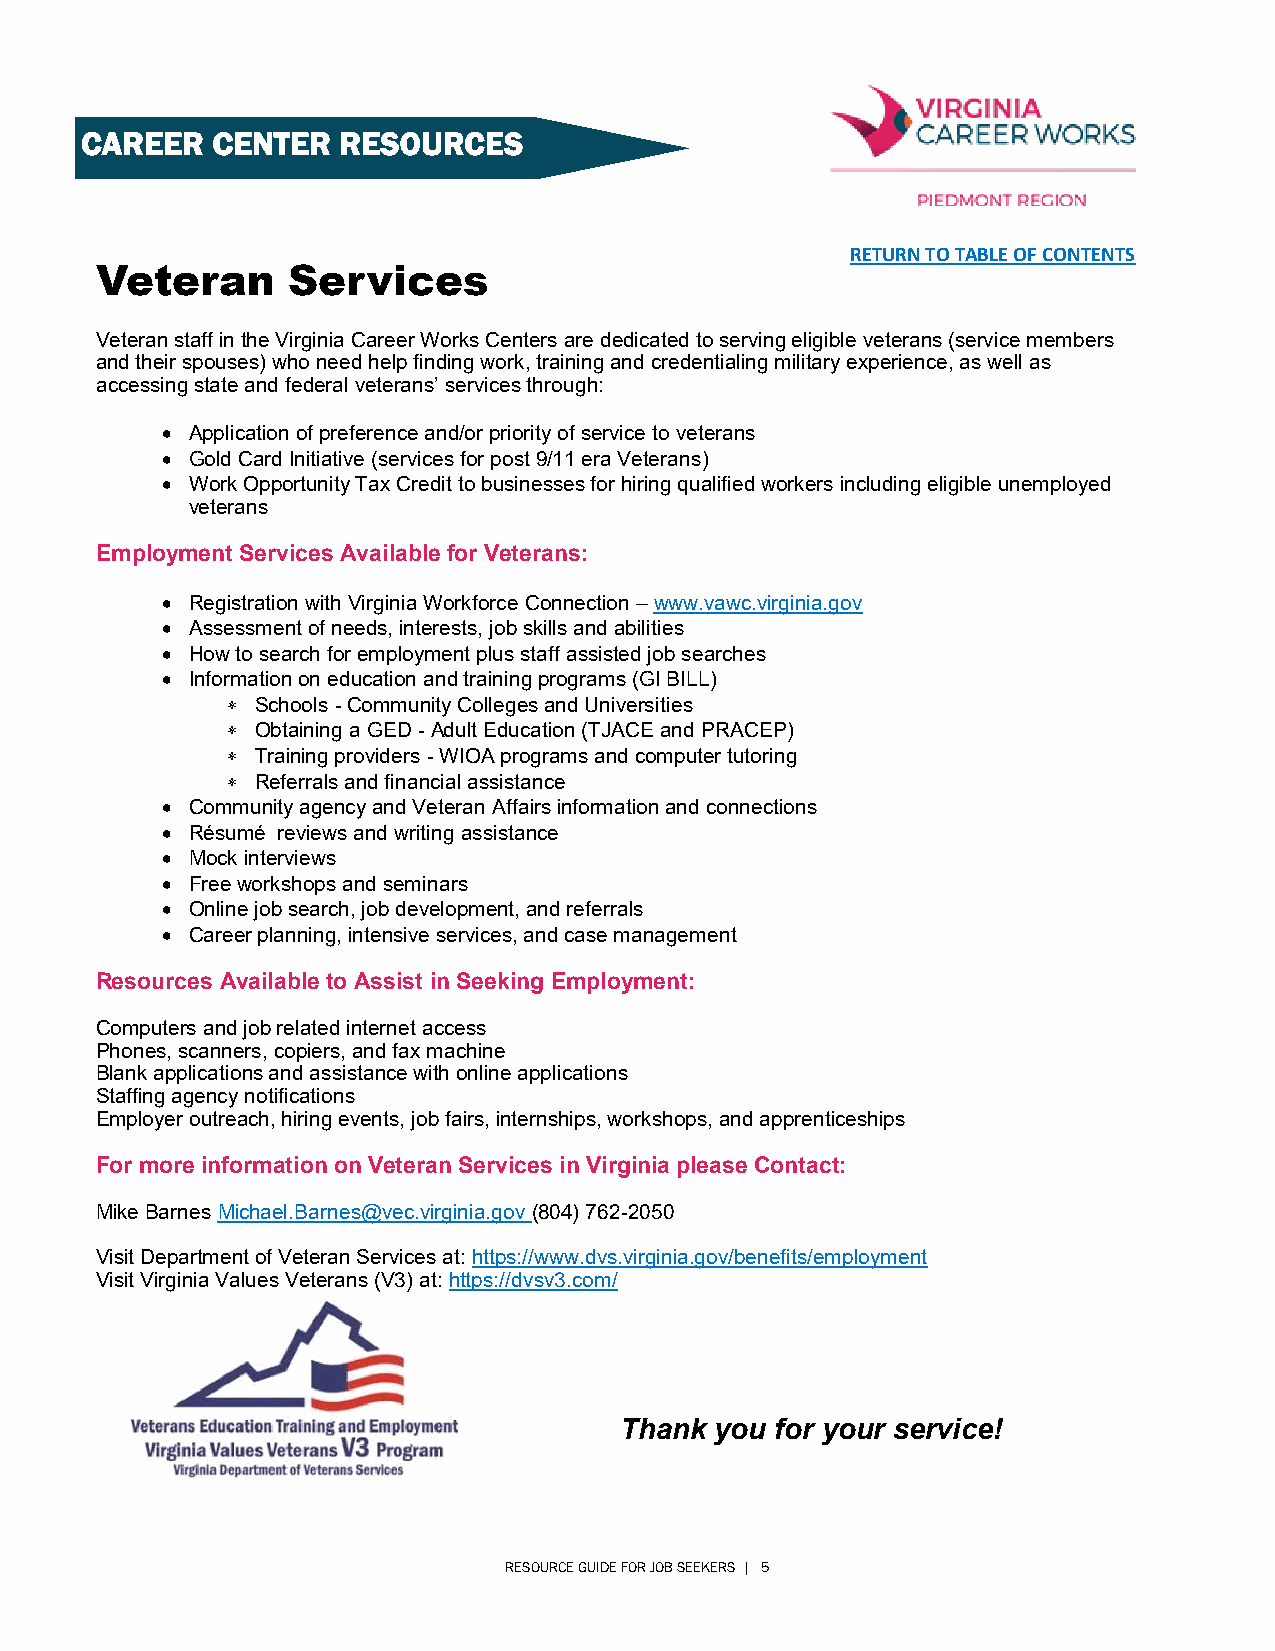
CAREER   CENTER  RESOURCES
 RETURN TO TABLE OF CONTENTS
 Veteran      Services
 Veteran staff in the Virginia Career Works Centers are dedicated to serving eligible veterans (service members
 and their spouses) who need help finding work, training and credentialing military experience, as well as
 accessing state and federal veterans’ services through:
  Application of preference and/or priority of service to veterans
  Gold Card Initiative (services for post 9/11 era Veterans)
  Work Opportunity Tax Credit to businesses for hiring qualified workers including eligible unemployed
 veterans
 Employment Services Available for Veterans:
  Registration with Virginia Workforce Connection – www.vawc.virginia.gov
  Assessment of needs, interests, job skills and abilities
  How to search for employment plus staff assisted job searches
  Information on education and training programs (GI BILL)
  Schools - Community Colleges and Universities
  Obtaining a GED - Adult Education (TJACE and PRACEP)
  Training providers - WIOA programs and computer tutoring
  Referrals and financial assistance
  Community agency and Veteran Affairs information and connections
  Résumé reviews and writing assistance
  Mock interviews
  Free workshops and seminars
  Online job search, job development, and referrals
  Career planning, intensive services, and case management
 Resources Available to Assist in Seeking Employment:
 Computers and job related internet access
 Phones, scanners, copiers, and fax machine
 Blank applications and assistance with online applications
 Staffing agency notifications
 Employer outreach, hiring events, job fairs, internships, workshops, and apprenticeships
 For more information on Veteran Services in Virginia please Contact:
 Mike Barnes Michael.Barnes@vec.virginia.gov (804) 762-2050
 Visit Department of Veteran Services at: https://www.dvs.virginia.gov/benefits/employment
 Visit Virginia Values Veterans (V3) at: https://dvsv3.com/
 Thank you for your service!
 RESOURCE GUIDE FOR JOB SEEKERS | 5